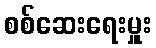
စစ်ဆေးရေးမှူး